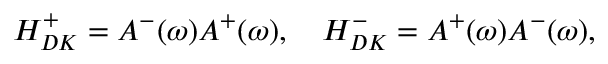
H _ { D K } ^ { + } = A ^ { - } ( \omega ) A ^ { + } ( \omega ) , \quad H _ { D K } ^ { - } = A ^ { + } ( \omega ) A ^ { - } ( \omega ) ,